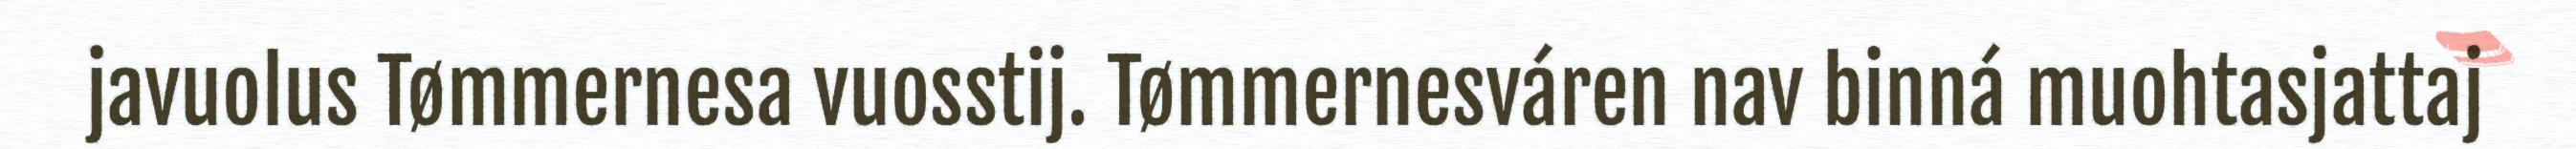
javuolus Tømmernesa vuosstij. Tømmernesváren nav binná muohtasjattaj